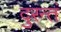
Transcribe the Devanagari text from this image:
दुरन्तं